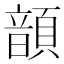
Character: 𩐳